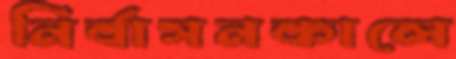
নির্বাসনকালে